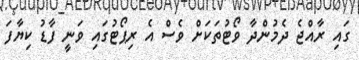
ގައި ރާއްޖެ ދެމުންދާ ވޯޓުތަކަށް ވެސް އެ ރިޕޯޓުގައި ވަނީ ފާޑު ކިޔާފަ